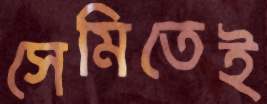
সেমিতেই